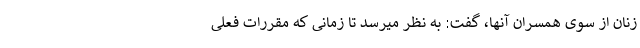
زنان از سوی همسران آنها، گفت: به نظر میرسد تا زمانی که مقررات فعلی